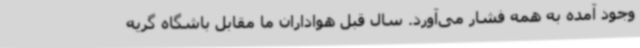
وجود آمده به همه فشار می‌آورد. سال قبل هواداران ما مقابل باشگاه گریه